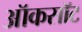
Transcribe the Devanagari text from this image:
ऑकसॉट